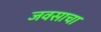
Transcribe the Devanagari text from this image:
जवसाचा